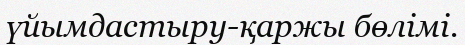
үйымдастыру-қаржы бөлімі.